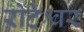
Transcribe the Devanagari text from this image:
रोटेश्वर